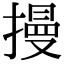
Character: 摱